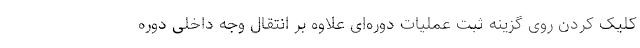
کلیک کردن روی گزینه ثبت عملیات دوره‌ای علاوه بر انتقال وجه داخلی دوره